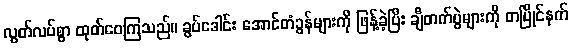
လွတ်လပ်စွာ ထုတ်ဝေကြသည်။ ခွပ်ဒေါင်း အောင်တံခွန်များကို ဖြန့်ခဲ့ပြီး ချီတက်ပွဲများကို တပြိုင်နက်